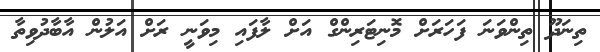
ތިނަދޫ ތިންވަނަ ފަހަރަށް މޮނިޓަރިންގް އަށް ލާފައި މިވަނީ ރަށް އަލުން އާބާދުވިތާ